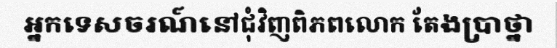
អ្នកទេសចរណ៍នៅជុំវិញពិភពលោក តែងប្រាថ្នា